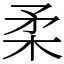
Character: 柔